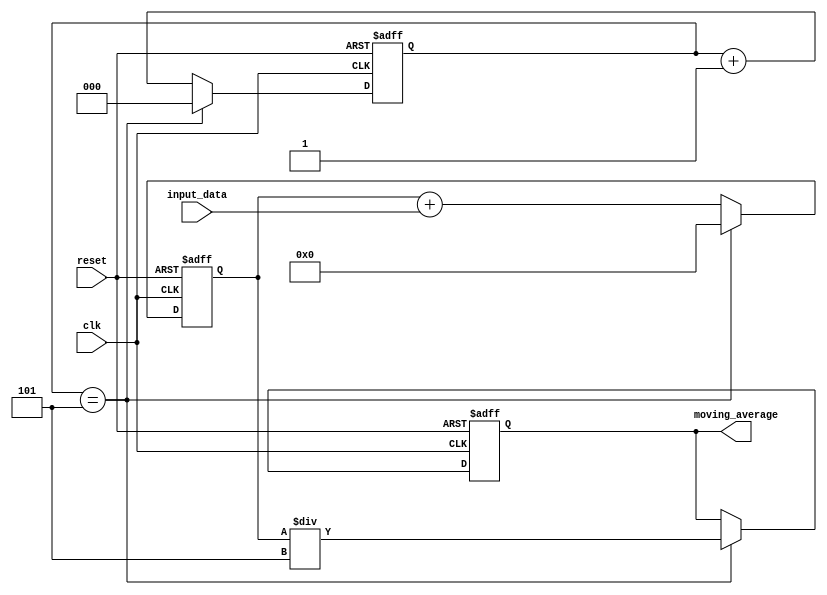
module MovingAverageAccumulator(
    input clk,
    input reset,
    input [7:0] input_data,
    output reg [7:0] moving_average
);

reg [7:0] sum;
reg [2:0] counter;

always @(posedge clk or posedge reset) begin
    if (reset) begin
        sum <= 8'b00000000;
        counter <= 3'b000;
        moving_average <= 8'b00000000;
    end else begin
        sum <= sum + input_data;
        counter <= counter + 1;
        
        if (counter == 3'd5) begin
            moving_average <= sum / 3'b101;
            sum <= 8'b00000000;
            counter <= 3'b000;
        end
    end
end

endmodule